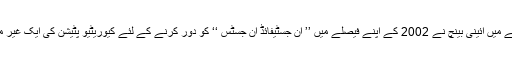
روپا اشوک ہُرّا بنام اشوک ہُرّا معاملے میں آئینی بینچ نے 2002 کے اپنے فیصلے میں ’’ ان جسٹیفائڈ اِن جسٹس ‘‘ کو دور کرنے کے لئے کیوریٹیو پٹیشن کی ایک غیر معمولی اور نئے نظام کی تجویز دی۔